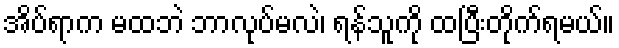
အိပ်ရာက မထဘဲ ဘာလုပ်မလဲ၊ ရန်သူကို ထပြီးတိုက်ရမယ်။